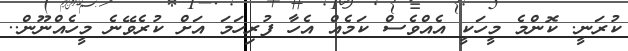
ކުރަނީ. ކޮންމެ މީހަކީ އެއްވެސް ކަމެއް އެހާ ފުރިހަމަ އަށް ކުރެވޭނެ މީހެއްނޫން..